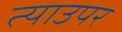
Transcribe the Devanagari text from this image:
त्याउपर